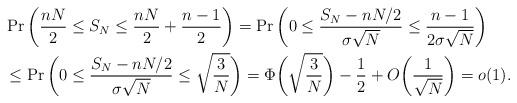
LaTeX: \begin{align*}&\Pr\bigg(\frac{nN}{2}\leq S_N\leq \frac{nN}{2}+\frac{n-1}{2}\bigg)=\Pr\bigg(0 \leq \frac{S_N-nN/2}{\sigma \sqrt{N}} \leq \frac{n-1}{2\sigma\sqrt{N}}\bigg)\\&\leq \Pr\bigg(0 \leq \frac{S_N-nN/2}{\sigma \sqrt{N}} \leq \sqrt{\frac{3}{N}}\bigg)=\Phi\bigg(\sqrt{\frac{3}{N}}\bigg)-\frac{1}{2}+O\bigg(\frac{1}{\sqrt{N}}\bigg)=o(1).\end{align*}